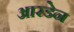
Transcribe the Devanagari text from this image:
आरडेन